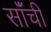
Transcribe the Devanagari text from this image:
सॉंची